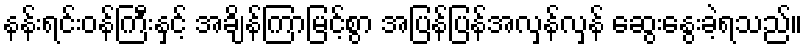
နန်းရင်းဝန်ကြီးနှင့် အချိန်ကြာမြင့်စွာ အပြန်ပြန်အလှန်လှန် ဆွေးနွေးခဲ့ရသည်။